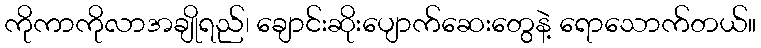
ကိုကာကိုလာအချိုရည်၊ ချောင်းဆိုးပျောက်ဆေးတွေနဲ့ ရောသောက်တယ်။